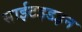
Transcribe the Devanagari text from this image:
साईटइडइन